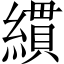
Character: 𦄻